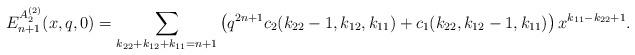
LaTeX: \begin{align*}E_{n+1}^{A_2^{(2)} }(x,q,0)=\sum_{k_{22}+k_{12}+k_{11}=n+1}\left(q^{2n+1}c_2(k_{22}-1,k_{12},k_{11})+c_1(k_{22},k_{12}-1,k_{11})\right)x^{k_{11}-k_{22}+1}.\end{align*}